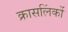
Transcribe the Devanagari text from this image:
क्रासलिंकों